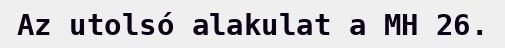
Az utolsó alakulat a MH 26.